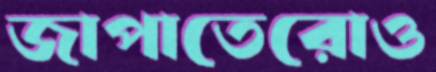
জাপাতেরোও